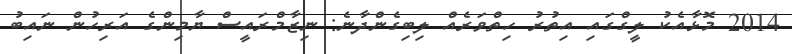
2014 މޮޅާއެކު ލީގްގައި އިތުރު ހިތްވަރެއް ލިބިގެންދާނެ: ނިޒާމްރައީސް ޔާމިންގެ އަރިހުން ނައިބު